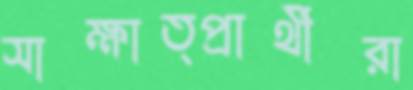
সাক্ষাত্প্রার্থীরা